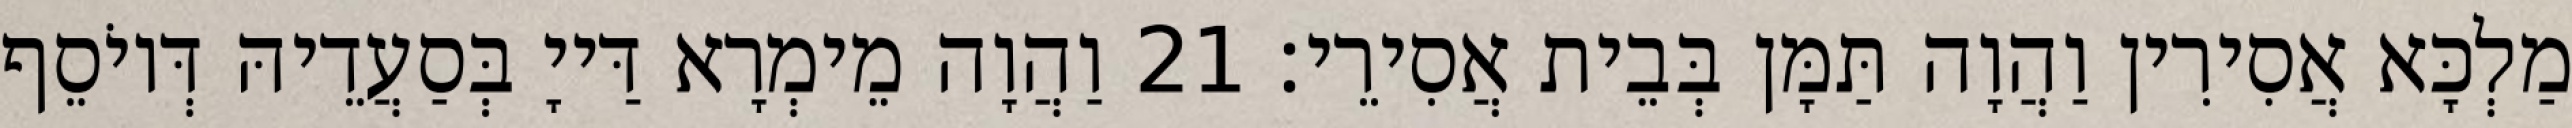
מַלְכָּא אֲסִירִין וַהֲוָה תַּמָּן בְּבֵית אֲסִירֵי׃ 21 וַהֲוָה מֵימְרָא דַּייָ בְּסַעֲדֵיהּ דְּיוֹסֵף